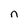
Character: n